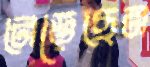
নেড়েছেন